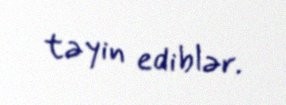
təyin ediblər.